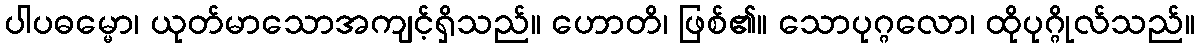
ပါပဓမ္မော၊ ယုတ်မာသောအကျင့်ရှိသည်။ ဟောတိ၊ ဖြစ်၏။ သောပုဂ္ဂလော၊ ထိုပုဂ္ဂိုလ်သည်။